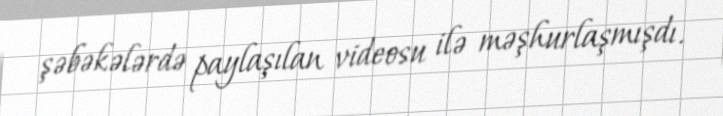
şəbəkələrdə paylaşılan videosu ilə məşhurlaşmışdı.